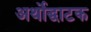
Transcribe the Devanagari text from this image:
अर्थोद्घाटक